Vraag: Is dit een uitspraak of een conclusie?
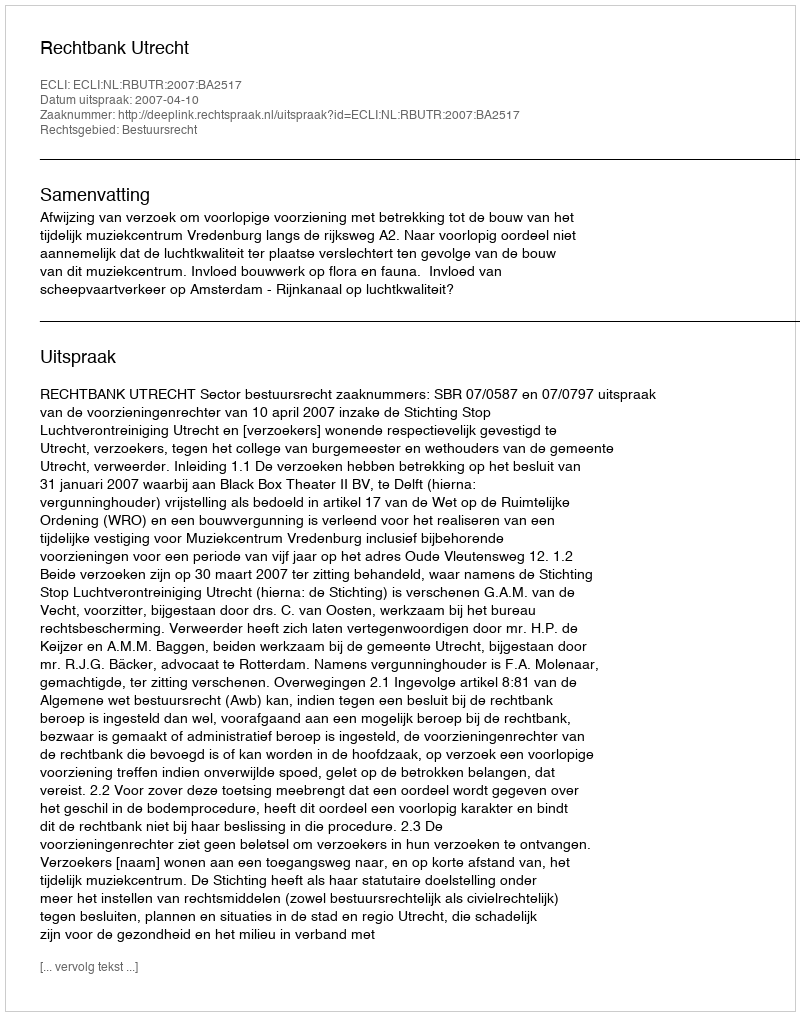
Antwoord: Uitspraak